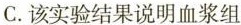
C.该实验结果说明血浆组